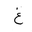
Letter: _gayn